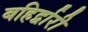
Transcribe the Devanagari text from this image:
बहिर्द्वारी